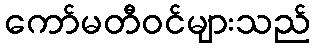
ကော်မတီဝင်များသည်